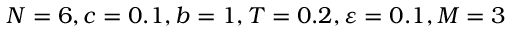
N = 6 , c = 0 . 1 , b = 1 , T = 0 . 2 , \varepsilon = 0 . 1 , M = 3